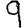
Digit: 9